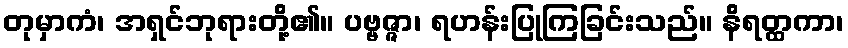
တုမှာကံ၊ အရှင်ဘုရားတို့၏။ ပဗ္ဗဇ္ဇာ၊ ရဟန်းပြုကြခြင်းသည်။ နိရတ္ထကာ၊